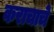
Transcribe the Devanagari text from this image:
कराचाचे